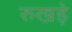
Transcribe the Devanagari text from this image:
रुखड़े